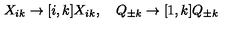
X _ { i k } \to [ i , k ] X _ { i k } , \quad Q _ { \pm k } \to [ 1 , k ] Q _ { \pm k }